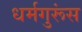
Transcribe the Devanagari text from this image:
धर्मगुरूंस